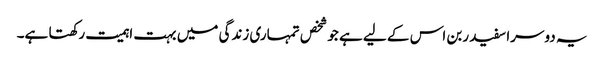
یہ دوسرا سفید ربن اس کے لیے ہے جو شخص تمہاری زندگی میں بہت اہمیت رکھتا ہے۔